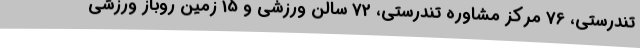
تندرستی، 76 مرکز مشاوره تندرستی، 72 سالن ورزشی و 15 زمین روباز ورزشی